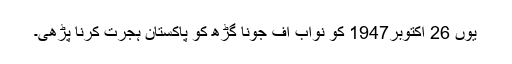
یوں 26 اکتوبر1947 کو نواب آف جونا گڑھ کو پاکستان ہجرت کرنا پڑھی۔